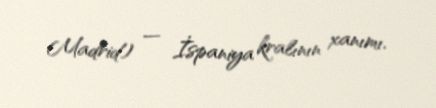
Madrid) — İspaniya kralının xanımı.